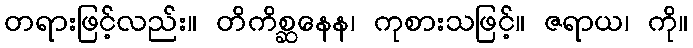
တရားဖြင့်လည်း။ တိကိစ္ဆနေန၊ ကုစားသဖြင့်။ ဇရာယ၊ ကို။